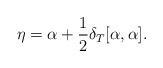
LaTeX: \begin{align*}\eta = \alpha + \frac{1}{2} \delta_T [\alpha , \alpha].\end{align*}